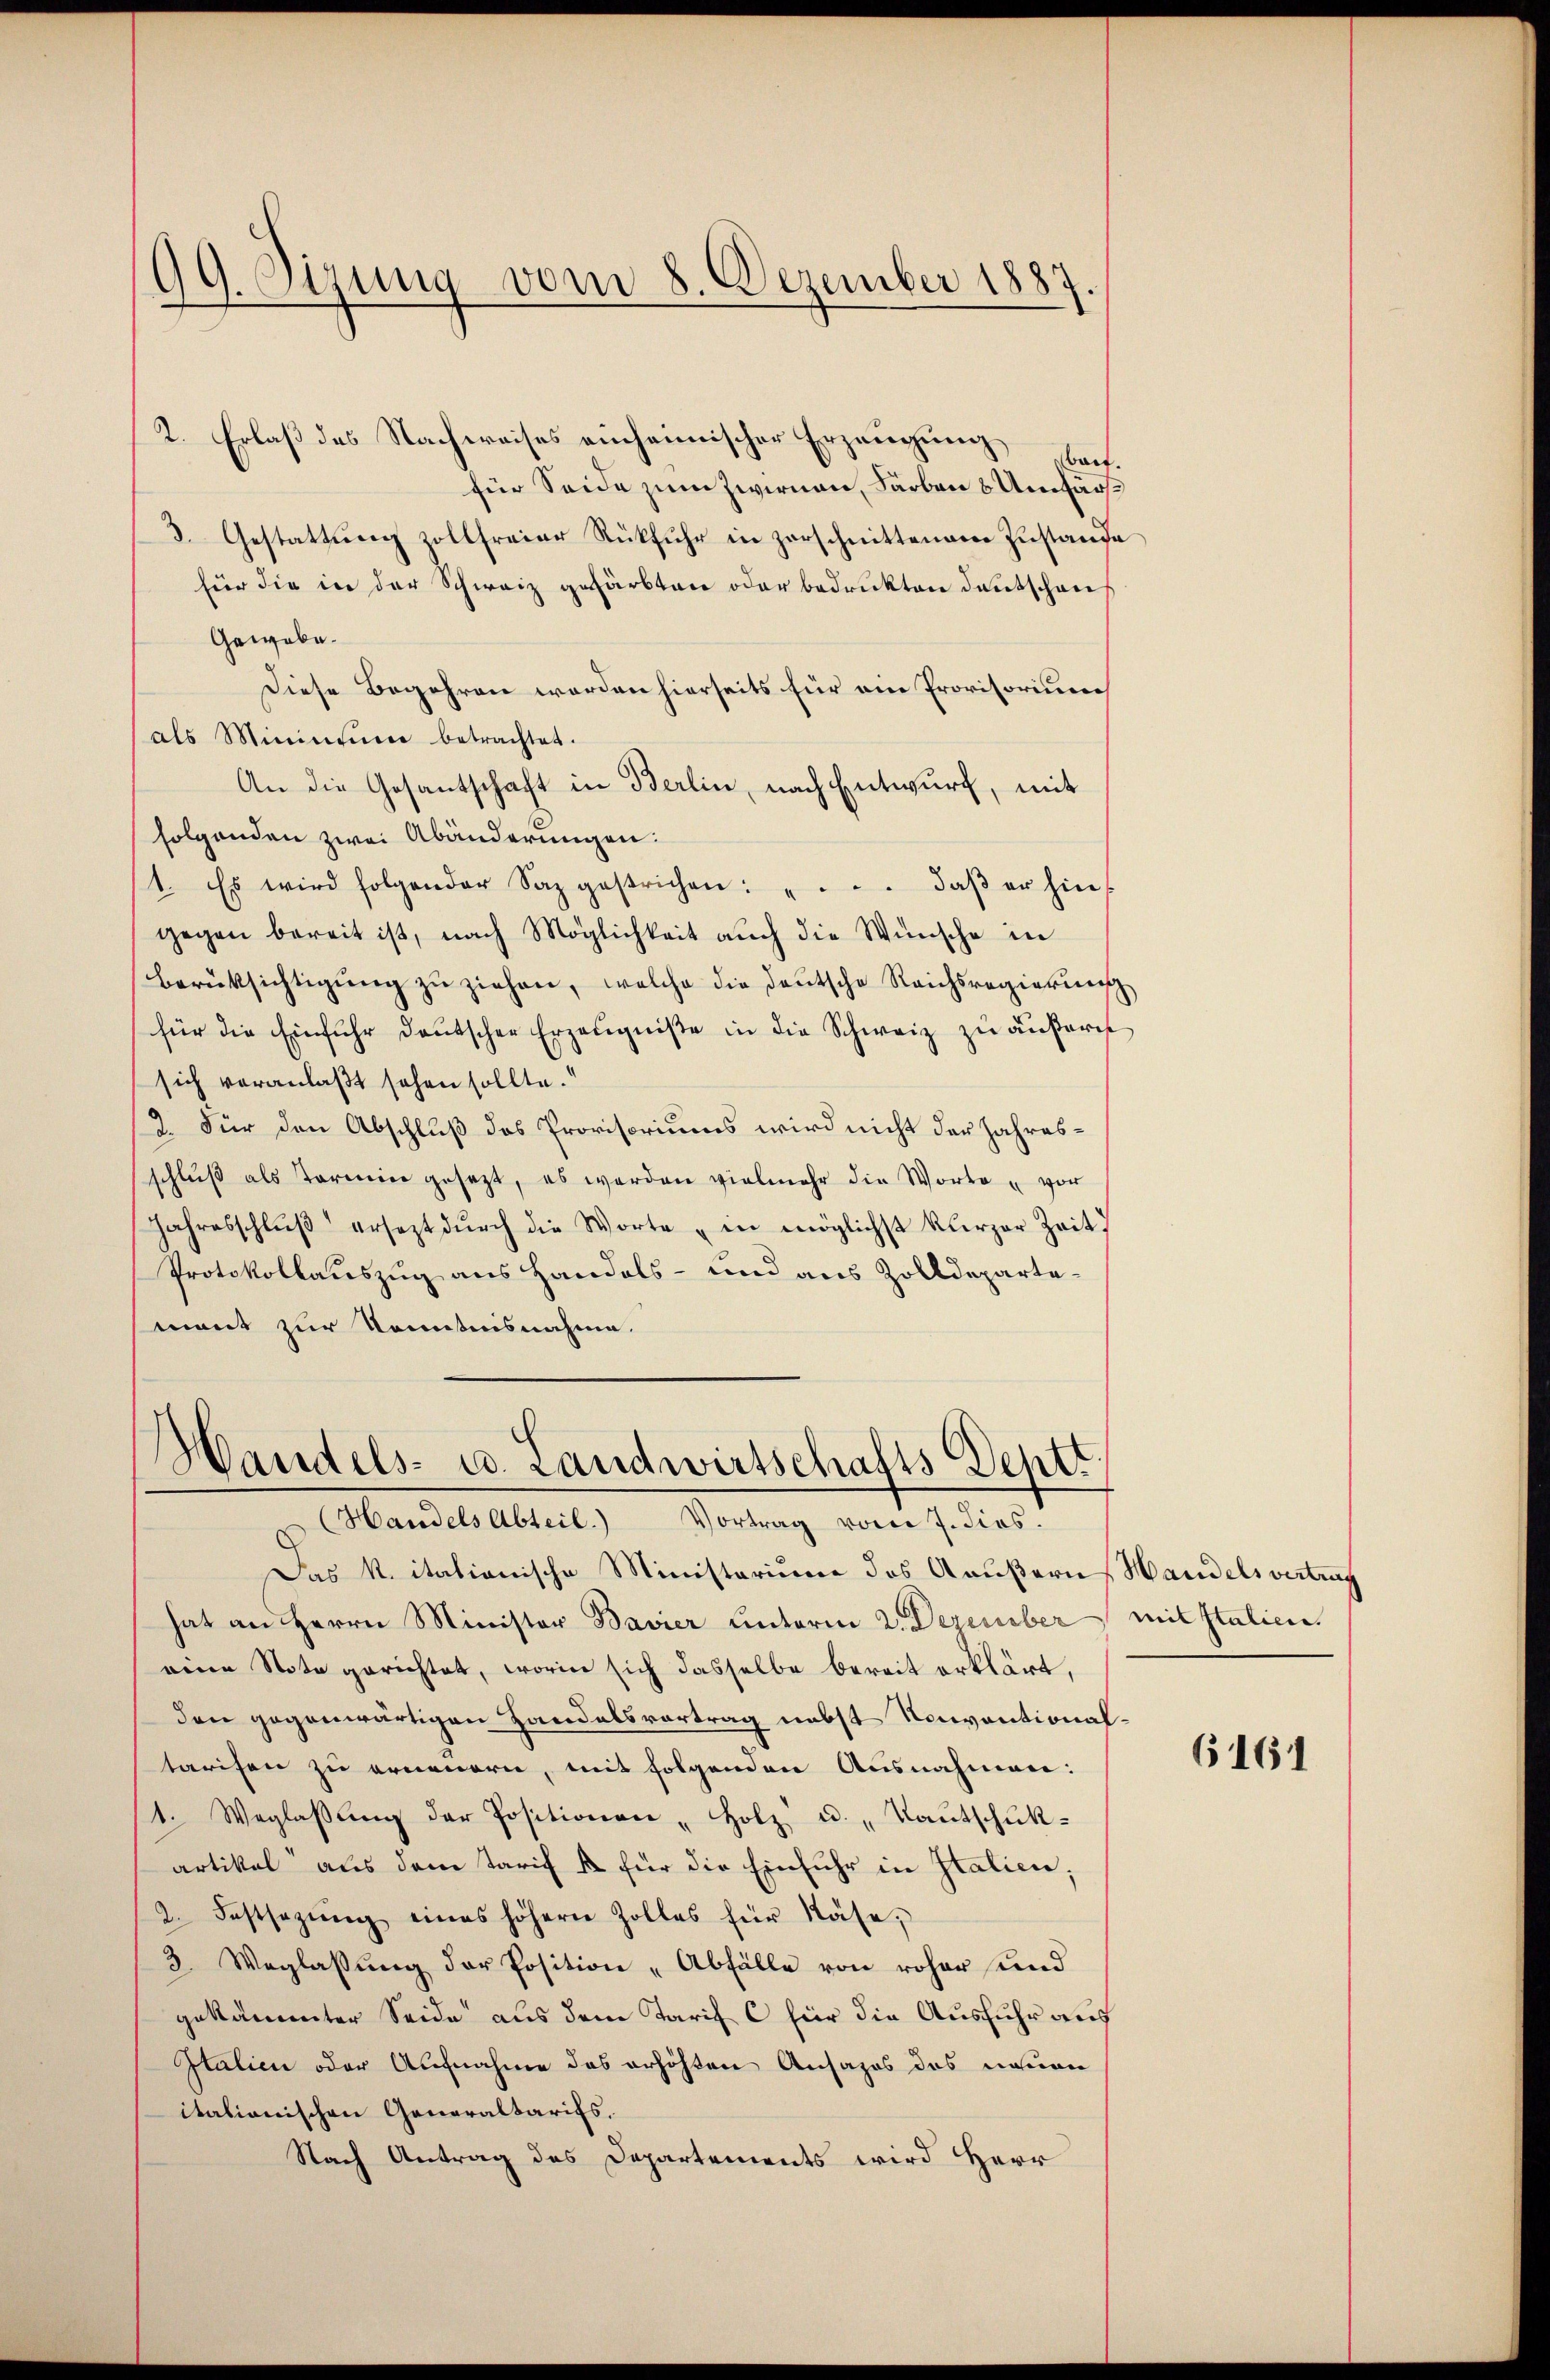
99. Sizung vom 8. Dezember 1887.

2. Erlaß des Nachweises einheimischer Erzeugung hat.
für Seide zum Zwirnen, Farben 8 Umfär¬
3. Gestattŭng zollfreier Rückfuhr in zerschnittenem Zustande
für die in der Schweiz gefärbten oder bedrukten Deutschaus
Gewebe¬
Diese Begehren werden hierseits für ein Provisorium
als Minimiere betrachtet.
An die Gesantschaft in Berlin, nach Entwurf, mit
folgenden zwei Abänderungen:
1. Es wird folgender Saz gestrichen: ".. daβ er hin-
gegen bereit ist, nach Möglichkeit auch die Wünsche in
berüksichtigŭng zu ziehen, welche die deutsche Reichsregierung
für die Einfuhr deutscher Erzeugniße in die Schweiz zu äußern
sich veranlaßt sehen sollte.
/2. Für den Abschluß des Provisoriums wird nicht der Jahresschlŭβ als Termin gesezt, es werden vielmehr die Worte „vor
Jahresschlŭβ ersezt dŭrch die Worte „in möglichst kürzer Zeit
Protokollauszug aus Handels- und aus Zolldepartemant zur Kenntnisnahme.

Handels- u. Landwirtschafts Deptt
Handels Abteil. Vortrag vom 7. dies.

Das k. itationische Ministerium des Aaußern, Handelsvertrag
hat an Herrn Minister Bavier Unterm 2. Dezember mit Italien.
eine Note gerichtet, worin sich dasselbe bereit erklärt,
den gegenwärtigen Handelsvortrag nebst Konventionaltarifen zu erneuern, mit folgenden Ausnahmen:
1. Weglassŭng der Positionen " Holz u. „Kaŭtschuk-
artikel aus dem Tarif u für die Einfuhr in Italien,
2. Festsezŭng eines höhern Zolles für Nase,
3. Weglassŭng der Position „Abfälle von roher und
gekämmter Seide aus dem Tarif C für die Ausfuhr aus
Italien oder Aufnahme des erhöhten Ansages des neuen
itationischen Generaltarifs.
Nach Antrag des Departements wird Herr

6161